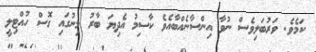
ކަމެވެ. ވަރުބަލިވެސް ނުވާ އިންސާނެއްބާއެވެ ކާސިމު އެދިޔަ ބާރު މިނުގައި ގޮސް ހުއްޓިލީ